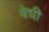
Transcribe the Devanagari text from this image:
वेधी